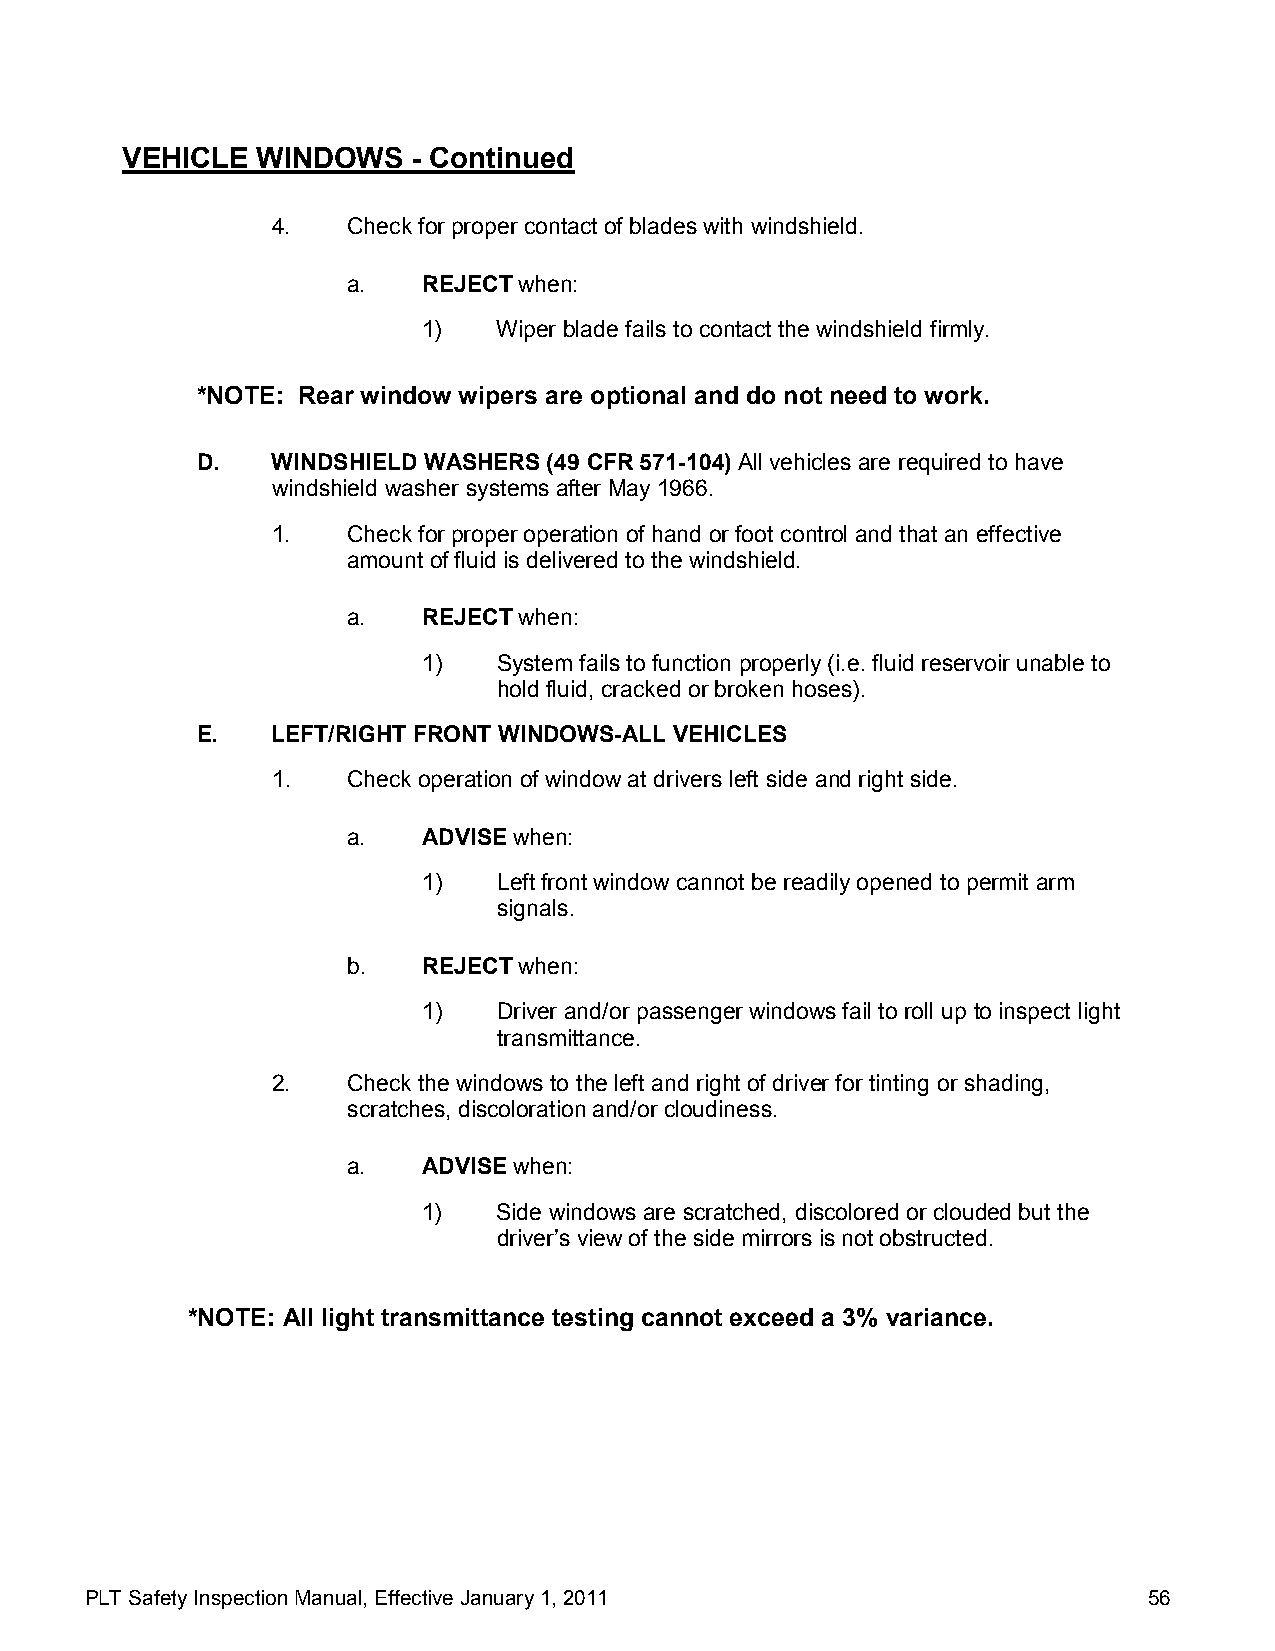
VEHICLE  WINDOWS   - Continued
 4.   Check for proper contact of blades with windshield.
 a.   REJECT when:
 1)   Wiper blade fails to contact the windshield firmly.
 *NOTE: Rear window wipers are optional and do not need to work.
 D.   WINDSHIELD WASHERS (49 CFR 571-104) All vehicles are required to have
 windshield washer systems after May 1966.
 1.   Check for proper operation of hand or foot control and that an effective
 amount of fluid is delivered to the windshield.
 a.   REJECT when:
 1)   System fails to function properly (i.e. fluid reservoir unable to
 hold fluid, cracked or broken hoses).
 E.   LEFT/RIGHT FRONT WINDOWS-ALL VEHICLES
 1.   Check operation of window at drivers left side and right side.
 a.   ADVISE when:
 1)   Left front window cannot be readily opened to permit arm
 signals.
 b.   REJECT when:
 1)   Driver and/or passenger windows fail to roll up to inspect light
 transmittance.
 2.   Check the windows to the left and right of driver for tinting or shading,
 scratches, discoloration and/or cloudiness.
 a.   ADVISE when:
 1)   Side windows are scratched, discolored or clouded but the
 driver’s view of the side mirrors is not obstructed.
 *NOTE: All light transmittance testing cannot exceed a 3% variance.
 PLT Safety Inspection Manual, Effective January 1, 2011               56